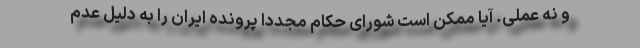
و نه عملی. آیا ممکن است شورای حکام مجددا پرونده ایران را به دلیل عدم